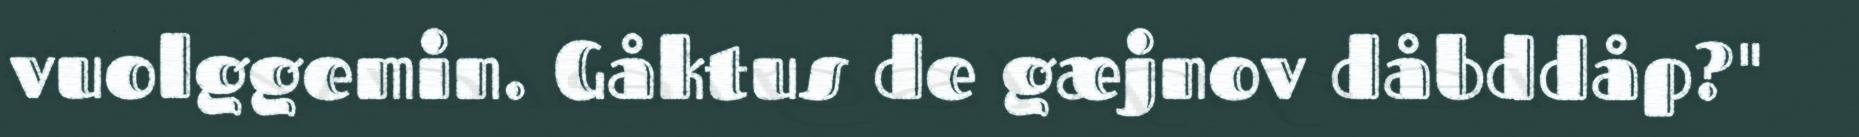
vuolggemin. Gåktus de gæjnov dåbddåp?"